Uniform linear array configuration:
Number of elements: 16
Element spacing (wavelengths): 0.75
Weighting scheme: binomial
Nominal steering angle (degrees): -15
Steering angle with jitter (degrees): -13.161
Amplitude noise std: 0.05
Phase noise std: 0.05

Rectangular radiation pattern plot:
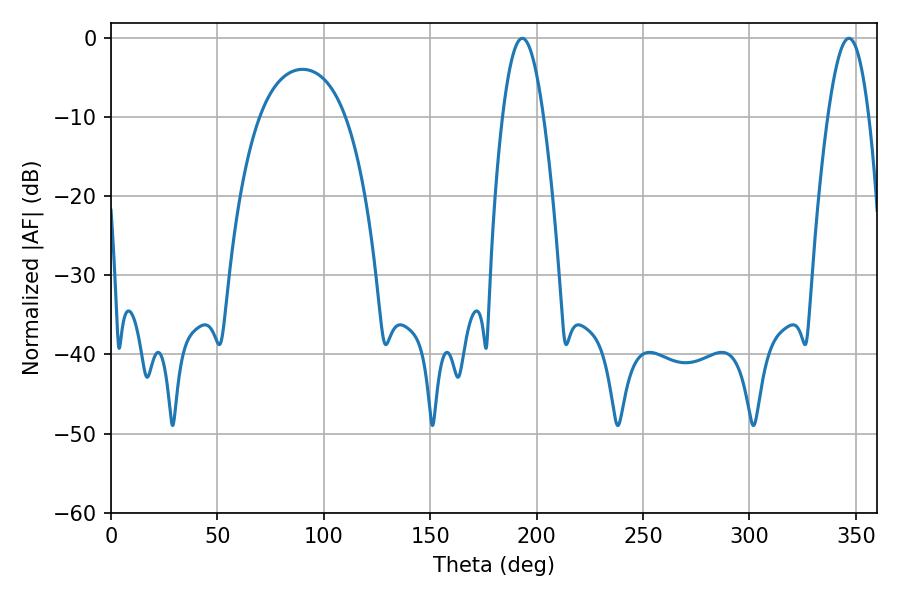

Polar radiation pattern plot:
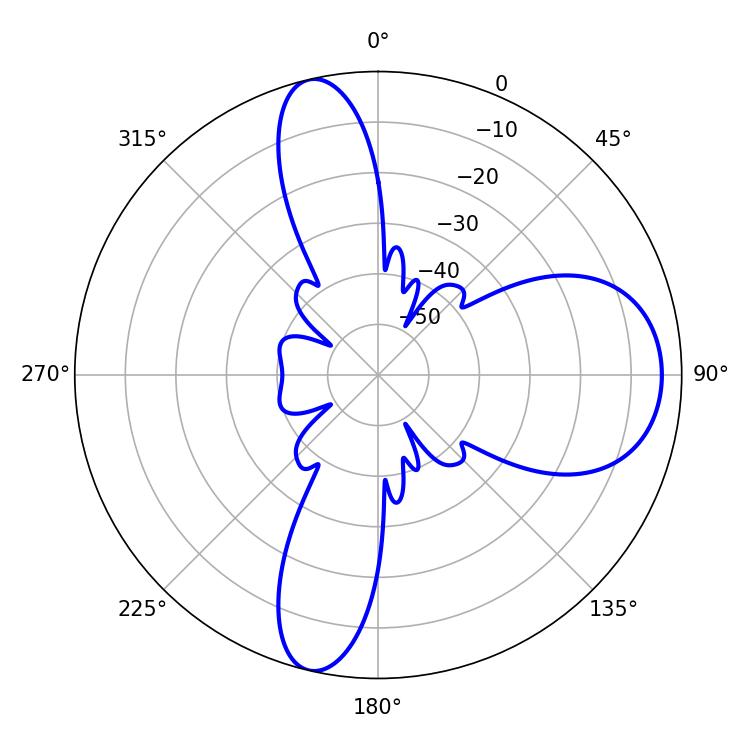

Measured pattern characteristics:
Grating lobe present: TRUE
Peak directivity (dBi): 12.222
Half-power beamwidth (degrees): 10.44
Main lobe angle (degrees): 193.32